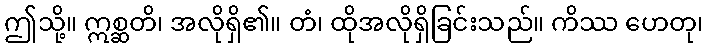
ဤသို့။ ဣစ္ဆတိ၊ အလိုရှိ၏။ တံ၊ ထိုအလိုရှိခြင်းသည်။ ကိဿ ဟေတု၊